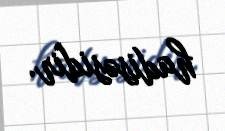
hadisəsidir.